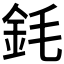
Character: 𲇇